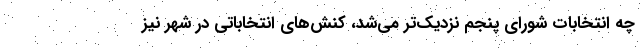
چه انتخابات شورای پنجم نزدیک‌تر می‌شد، کنش‌های انتخاباتی در شهر نیز